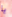
يا